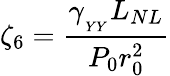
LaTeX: \zeta_{6}=\frac{\gamma_{_{_{YY}}}L_{NL}}{P_{0}r_{0}^{2}}